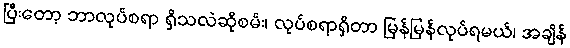
ပြီးတော့ ဘာလုပ်စရာ ရှိသလဲဆိုစမ်း၊ လုပ်စရာရှိတာ မြန်မြန်လုပ်ရမယ်၊ အချိန်